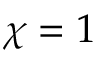
\chi = 1